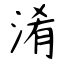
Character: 淆